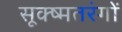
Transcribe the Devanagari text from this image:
सूक्ष्मतरंगों